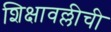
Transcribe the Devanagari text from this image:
शिक्षावल्लीची